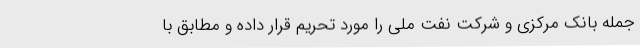
جمله بانک مرکزی و شرکت نفت ملی را مورد تحریم قرار داده و مطابق با